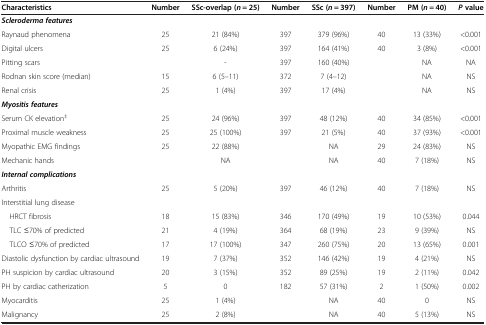
| Characteristics | Number | SSc-overlap (n = 25) | Number | SSc (n = 397) | Number | PM (n = 40) | P value |
 | --- | --- | --- | --- | --- | --- | --- | --- |
 | Scleroderma features |  |  |  |  |  |  |  |
 | Raynaud phenomena | 25 | 21 (84%) | 397 | 379 (96%) | 40 | 13 (33%) | <0.001 |
 | Digital ulcers | 25 | 6 (24%) | 397 | 164 (41%) | 40 | 3 (8%) | <0.001 |
 | Pitting scars |  | - | 397 | 160 (40%) |  | NA | NA |
 | Rodnan skin score (median) | 15 | 6 (5–11) | 372 | 7 (4–12) |  | NA | NS |
 | Renal crisis | 25 | 1 (4%) | 397 | 17 (4%) |  | NA | NS |
 | Myositis features |  |  |  |  |  |  |  |
 | Serum CK elevation‡ | 25 | 24 (96%) | 397 | 48 (12%) | 40 | 34 (85%) | <0.001 |
 | Proximal muscle weakness | 25 | 25 (100%) | 397 | 21 (5%) | 40 | 37 (93%) | <0.001 |
 | Myopathic EMG findings | 25 | 22 (88%) |  | NA | 29 | 24 (83%) | NS |
 | Mechanic hands |  | NA |  | NA | 40 | 7 (18%) | NS |
 | Internal complications |  |  |  |  |  |  |  |
 | Arthritis | 25 | 5 (20%) | 397 | 46 (12%) | 40 | 7 (18%) | NS |
 | Interstitial lung disease |  |  |  |  |  |  |  |
 | HRCT fibrosis | 18 | 15 (83%) | 346 | 170 (49%) | 19 | 10 (53%) | 0.044 |
 | TLC ≤70% of predicted | 21 | 4 (19%) | 364 | 68 (19%) | 23 | 9 (39%) | NS |
 | TLCO ≤70% of predicted | 17 | 17 (100%) | 347 | 260 (75%) | 20 | 13 (65%) | 0.001 |
 | Diastolic dysfunction by cardiac ultrasound | 19 | 7 (37%) | 352 | 146 (42%) | 19 | 4 (21%) | NS |
 | PH suspicion by cardiac ultrasound | 20 | 3 (15%) | 352 | 89 (25%) | 19 | 2 (11%) | 0.042 |
 | PH by cardiac catherization | 5 | 0 | 182 | 57 (31%) | 2 | 1 (50%) | 0.002 |
 | Myocarditis | 25 | 1 (4%) |  | NA | 40 | 0 | NS |
 | Malignancy | 25 | 2 (8%) |  | NA | 40 | 5 (13%) | NS |